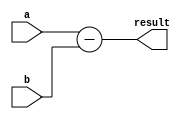
module Subtractor (
    input [31:0] a, // First input number to be subtracted
    input [31:0] b, // Second input number to subtract
    output reg [31:0] result // Result of the subtraction operation
);

always @* begin
    result = a - b; // Subtracting the second input from the first input
end

endmodule